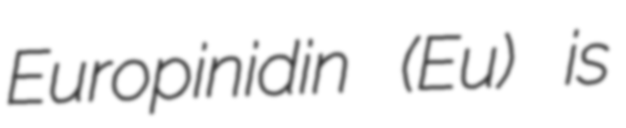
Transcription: Europinidin (Eu) is